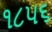
૧૮૫૬